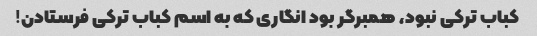
کباب ترکی نبود، همبرگر بود انگاری که به اسم کباب ترکی فرستادن!